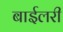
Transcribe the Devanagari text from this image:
बाईलरी